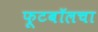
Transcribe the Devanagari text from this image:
फूटबॉलचा